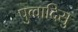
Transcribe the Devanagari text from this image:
पुव्वादिसु